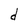
Character: d